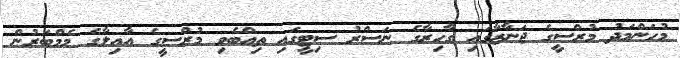
މުހަންމަދު މުރްސީގެ ޖަނާޒާގައި ގާހިރާގެ ނަސްރު ސިޓީގައި ތިއްބެވި މުރްސީގެ އާއިލާގެ މެމްބަރުން